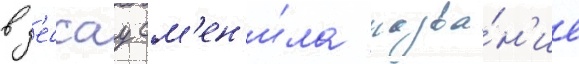
в д'ессау см'ен'и́ла назва́н'ие